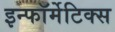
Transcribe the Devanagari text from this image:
इन्फॉर्मेटिक्स